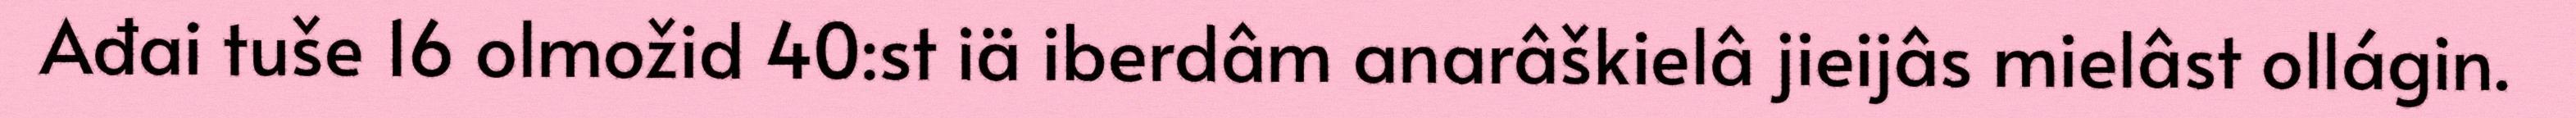
Ađai tuše 16 olmožid 40:st iä iberdâm anarâškielâ jieijâs mielâst ollágin.